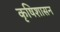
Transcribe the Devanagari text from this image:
कृषिशासन